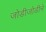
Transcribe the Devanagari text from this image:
जोडीजोडीने